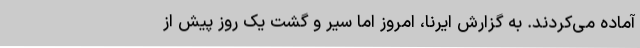
آماده می‌کردند. به گزارش ایرنا، امروز اما سیر و گشت یک روز پیش از